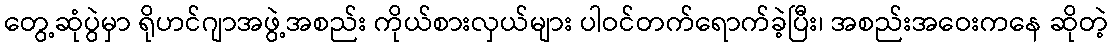
တွေ့ဆုံပွဲမှာ ရိုဟင်ဂျာအဖွဲ့အစည်း ကိုယ်စားလှယ်များ ပါဝင်တက်ရောက်ခဲ့ပြီး၊ အစည်းအဝေးကနေ ဆိုတဲ့